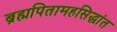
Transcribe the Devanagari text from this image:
ब्रह्मपितामहसिद्धांत